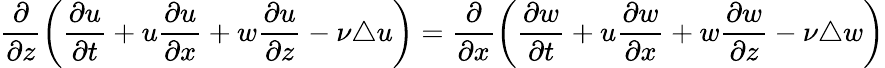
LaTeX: \frac{\partial}{\partial z}\left(\frac{\partial u}{\partial t}+u\frac{\partial u}{\partial x}+w\frac{\partial u}{\partial z}-\nu\triangle{u}\right)=\frac{\partial}{\partial x}\left(\frac{\partial{w}}{\partial t}+u\frac{\partial w}{\partial x}+w\frac{\partial w}{\partial z}-\nu\triangle{w}\right)